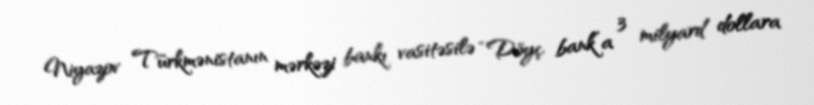
Niyazov Türkmənistanın mərkəzi bankı vasitəsilə “Döyç bank”a 3 milyard dollara